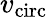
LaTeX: v_{\mathrm{circ}}